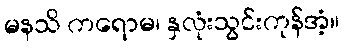
မနသိ ကရောမ၊ နှလုံးသွင်းကုန်အံ့။